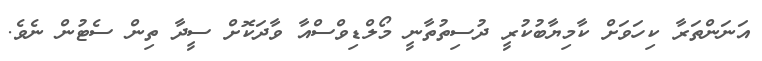
އަނަންތަރާ ކިހަވަށް ކާމިޔާބުކުރީ ދުސިތުތާނީ މޯލްޑިވްސްއާ ވާދަކޮށް ސީދާ ތިން ސެޓުން ނެވެ.